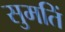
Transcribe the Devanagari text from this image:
सुमतिं